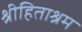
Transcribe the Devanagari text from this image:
श्रीहिताश्रम